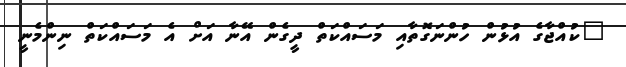
"ކުއްޖާގެ އުޅުން ހުންނަގޮތާއި މަސައްކަތް ދީގެން އޭނާ އަށް އެ މަސައްކަތް ނިންމެނީ